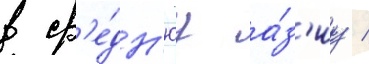
в ср'е́дн'юу а́з'иу /